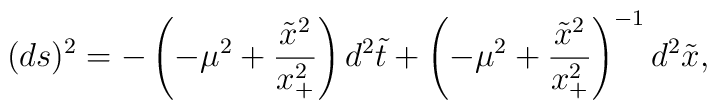
(ds)^2 = -\left(-\mu^2 +    \frac{\tilde{x}^2}{x_{+}^2}\right)d^2{\tilde{t}} + \left(-\mu^2 +    \frac{{\tilde{x}^2}}{x_{+}^2}\right)^{-1} d^2{\tilde{x}},